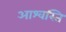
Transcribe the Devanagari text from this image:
आश्वस्ति